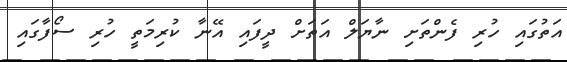
އަތުގައި ހުރި ފެންތަށި ނާޔަލް އަތަށް ދީފައި އޭނާ ކުރިމަތީ ހުރި ސޯފާގައި